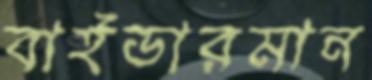
বাইডারমান